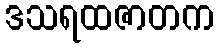
ဒသရထဇာတက